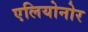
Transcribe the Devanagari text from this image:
एलियोनोर